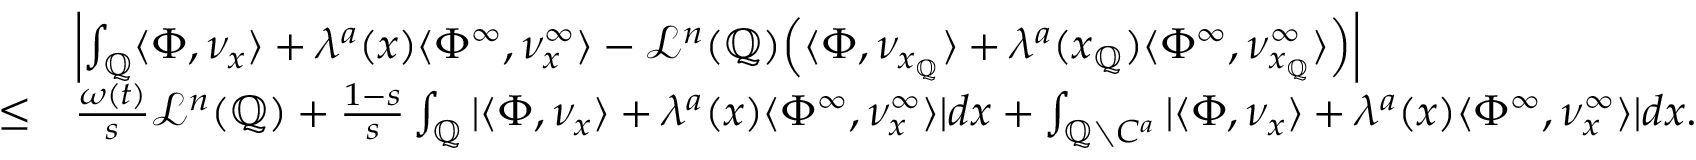
\begin{array} { r l } & { \left| \int _ { \mathbb { Q } } \langle \Phi , \nu _ { x } \rangle + \lambda ^ { a } ( x ) \langle \Phi ^ { \infty } , \nu _ { x } ^ { \infty } \rangle - \mathcal { L } ^ { n } ( \mathbb { Q } ) \Big ( \langle \Phi , \nu _ { x _ { \mathbb { Q } } } \rangle + \lambda ^ { a } ( x _ { \mathbb { Q } } ) \langle \Phi ^ { \infty } , \nu _ { x _ { \mathbb { Q } } } ^ { \infty } \rangle \Big ) \right| } \\ { \leq } & { \frac { \omega ( t ) } { s } \mathcal { L } ^ { n } ( \mathbb { Q } ) + \frac { 1 - s } { s } \int _ { \mathbb { Q } } | \langle \Phi , \nu _ { x } \rangle + \lambda ^ { a } ( x ) \langle \Phi ^ { \infty } , \nu _ { x } ^ { \infty } \rangle | d x + \int _ { \mathbb { Q } \setminus C ^ { a } } | \langle \Phi , \nu _ { x } \rangle + \lambda ^ { a } ( x ) \langle \Phi ^ { \infty } , \nu _ { x } ^ { \infty } \rangle | d x . } \end{array}